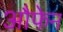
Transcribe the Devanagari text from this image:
औफेन